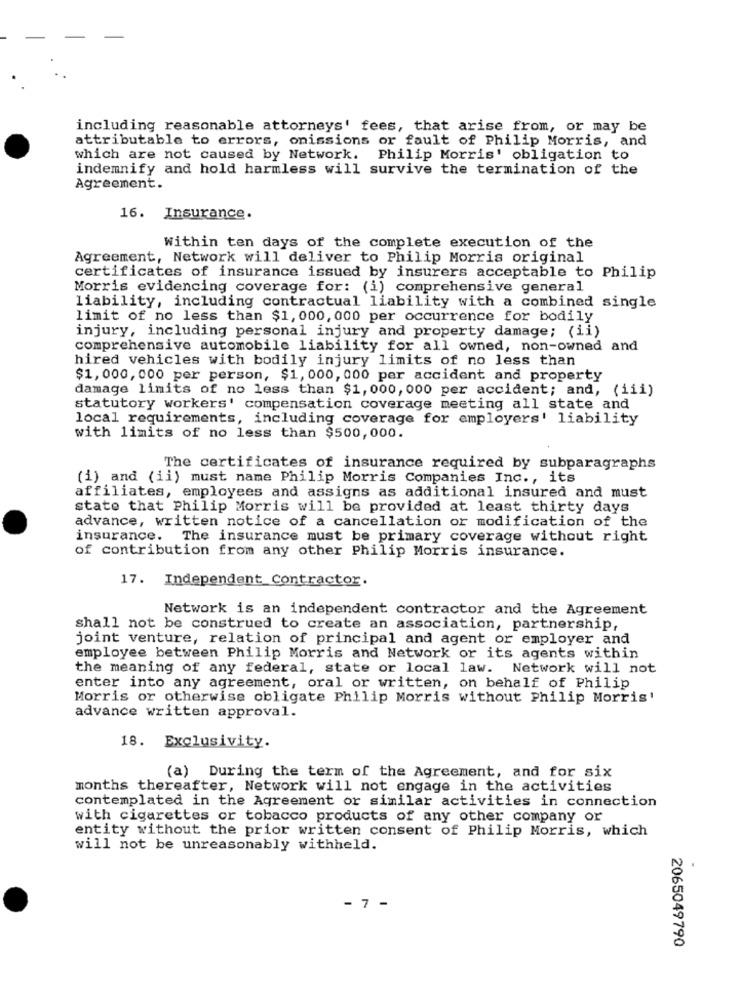
including reasonable attorneys' fees, that arise from, or may be
attributable to errors, onissions or fault of Philip Morris, and
which are not caused by Network. Philip Morris' obligation to
indemnify and hold harmless will survive the termination of the
Agreement.
16. Insurance.
Within ten days of the complete execution of the
Agreement, Network will deliver to Philip Morris original
certificates of insurance issued by insurers acceptable to Philip
Morris evidencing coverage for: (i) comprehensive general
liability, including contractual liability with a combined single
limit of no less than $1, 000, 000 per occurrence for bodily
injury, including personal injury and property damage; (ii)
comprehensive automobile liability for all owned, non-owned and
hired vehicles with bodily injury limits of no less than
$1,000, 000 per person, $1, 000, 000 per accident and property
damage limits of no less than $1, 000, 000 per accident; and, (iii)
statutory workers' compensation coverage meeting all state and
local requirements, including coverage for employers' liability
with limits of no less than $500,000.
The certificates of insurance required by subparagraphs
(1) and (ii) must name Philip Morris Companies Inc ., its
affiliates, employees and assigns as additional insured and must
state that Philip Morris will be provided at least thirty days
advance, written notice of a cancellation or modification of the
insurance.
The insurance must be primary coverage without right
of contribution from any other Philip Morris insurance.
17. Independent Contractor.
Network is an independent contractor and the Agreement
shall not be construed to create an association, partnership,
joint venture, relation of principal and agent or employer and
employee between Philip Morris and Network or its agents within
the meaning of any federal, state or local law. Network will not
enter into any agreement, oral or written, on behalf of Philip
Morris or otherwise obligate Philip Morris without Philip Morris'
advance written approval.
18. Exclusivity.
(a) During the term of the Agreement, and for six
months thereafter, Network will not engage in the activities
contemplated in the Agreement or similar activities in connection
with cigarettes or tobacco products of any other company or
entity without the prior written consent of Philip Morris, which
will not be unreasonably withheld.
- 7 -
2065049790